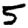
Digit: 5